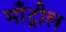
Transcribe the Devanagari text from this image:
माँट्रील